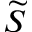
\widetilde { S }